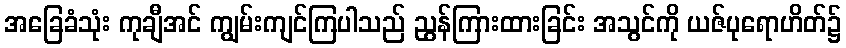
အခြေခံသုံး ကုချီအင် ကျွမ်းကျင်ကြပါသည် ညွန်ကြားထားခြင်း အသွင်ကို ယဇ်ပုရောဟိတ်၌